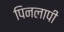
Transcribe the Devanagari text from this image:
पिनलापी